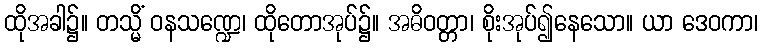
ထိုအခါ၌။ တသ္မိံ ဝနသဏ္ဍေ၊ ထိုတောအုပ်၌။ အဓိဝတ္တာ၊ စိုးအုပ်၍နေသော။ ယာ ဒေဝကာ၊